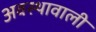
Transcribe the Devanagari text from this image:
अवस्थावाली